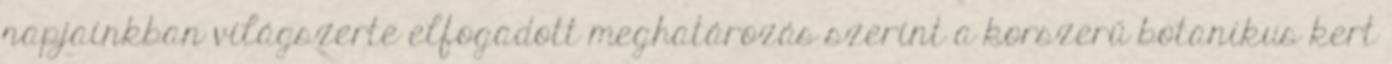
napjainkban világszerte elfogadott meghatározás szerint a korszerű botanikus kert